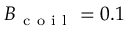
B _ { \mathrm { ~ c ~ o ~ i ~ l ~ } } = 0 . 1